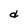
Character: d